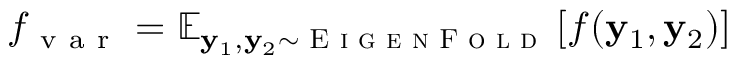
f _ { \mathrm { ~ v ~ a ~ r ~ } } = \mathbb { E } _ { \mathbf { y } _ { 1 } , \mathbf { y } _ { 2 } \sim \textsc { E i g e n F o l d } } \left[ f ( \mathbf { y } _ { 1 } , \mathbf { y } _ { 2 } ) \right]